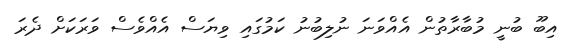
އިބޫ ބުނީ މުބާރާތުން އެއްވަނަ ނުލިބުނު ކަމުގައި ވިޔަސް އެއްވެސް ވަރަކަށް ދެރަ